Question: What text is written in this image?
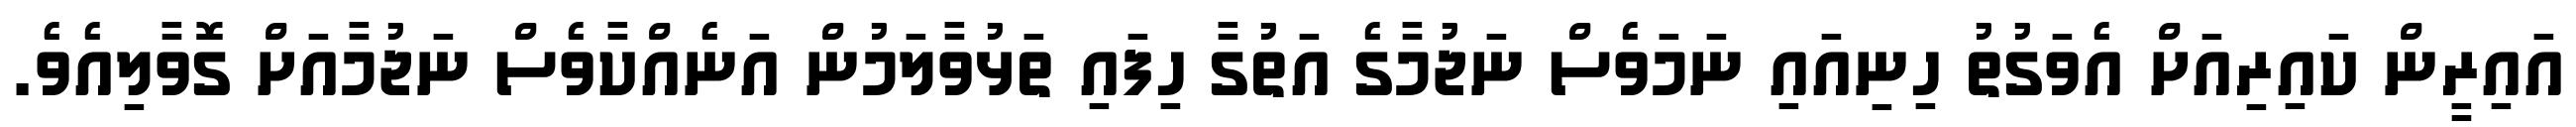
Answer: އައިރީން ކައިރިއަށް އެވަގުތު ހިނިއައި ނަމަވެސް ނަޖުމާގެ އަތުގާ ހިފައި ތަޅުވާލަމުން އަނެއްކާވެސް ނަޖުމާއަށް ގޮވާލިއެވެ.